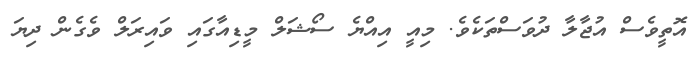
އޮތީވެސް އުޖާލާ ދުވަސްތަކެވެ. މިއީ އިއްޔެ ސޯޝަލް މީޑިއާގައި ވައިރަލް ވެގެން ދިޔަ